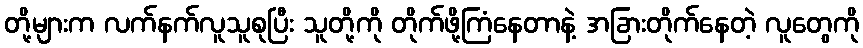
တို့များက လက်နက်လူသူစုပြီး သူတို့ကို တိုက်ဖို့ကြံနေတာနဲ့ အခြားတိုက်နေတဲ့ လူတွေကို